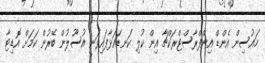
ހައުސިން އެންޑް އިންފްރާސްޓްރަކްޗާ އިން ކުލި ކަނޑައަޅާފައިވަނީ އުސޫލުން ބޭރުން ކަމަށް އޮޑިޓާ